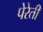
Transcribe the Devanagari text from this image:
पेरेती